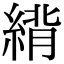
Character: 䋳